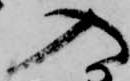
入